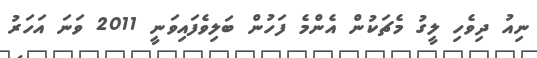
ނިއު ދިވެހި ލީގު މެޗަކުން އެންމެ ފަހުން ބަލިވެފައިވަނީ 2011 ވަނަ އަހަރު